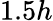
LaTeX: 1.5h